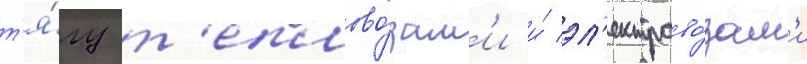
т'я́гу т'еплово́зам'и и́ эл'ектрово́зам'и